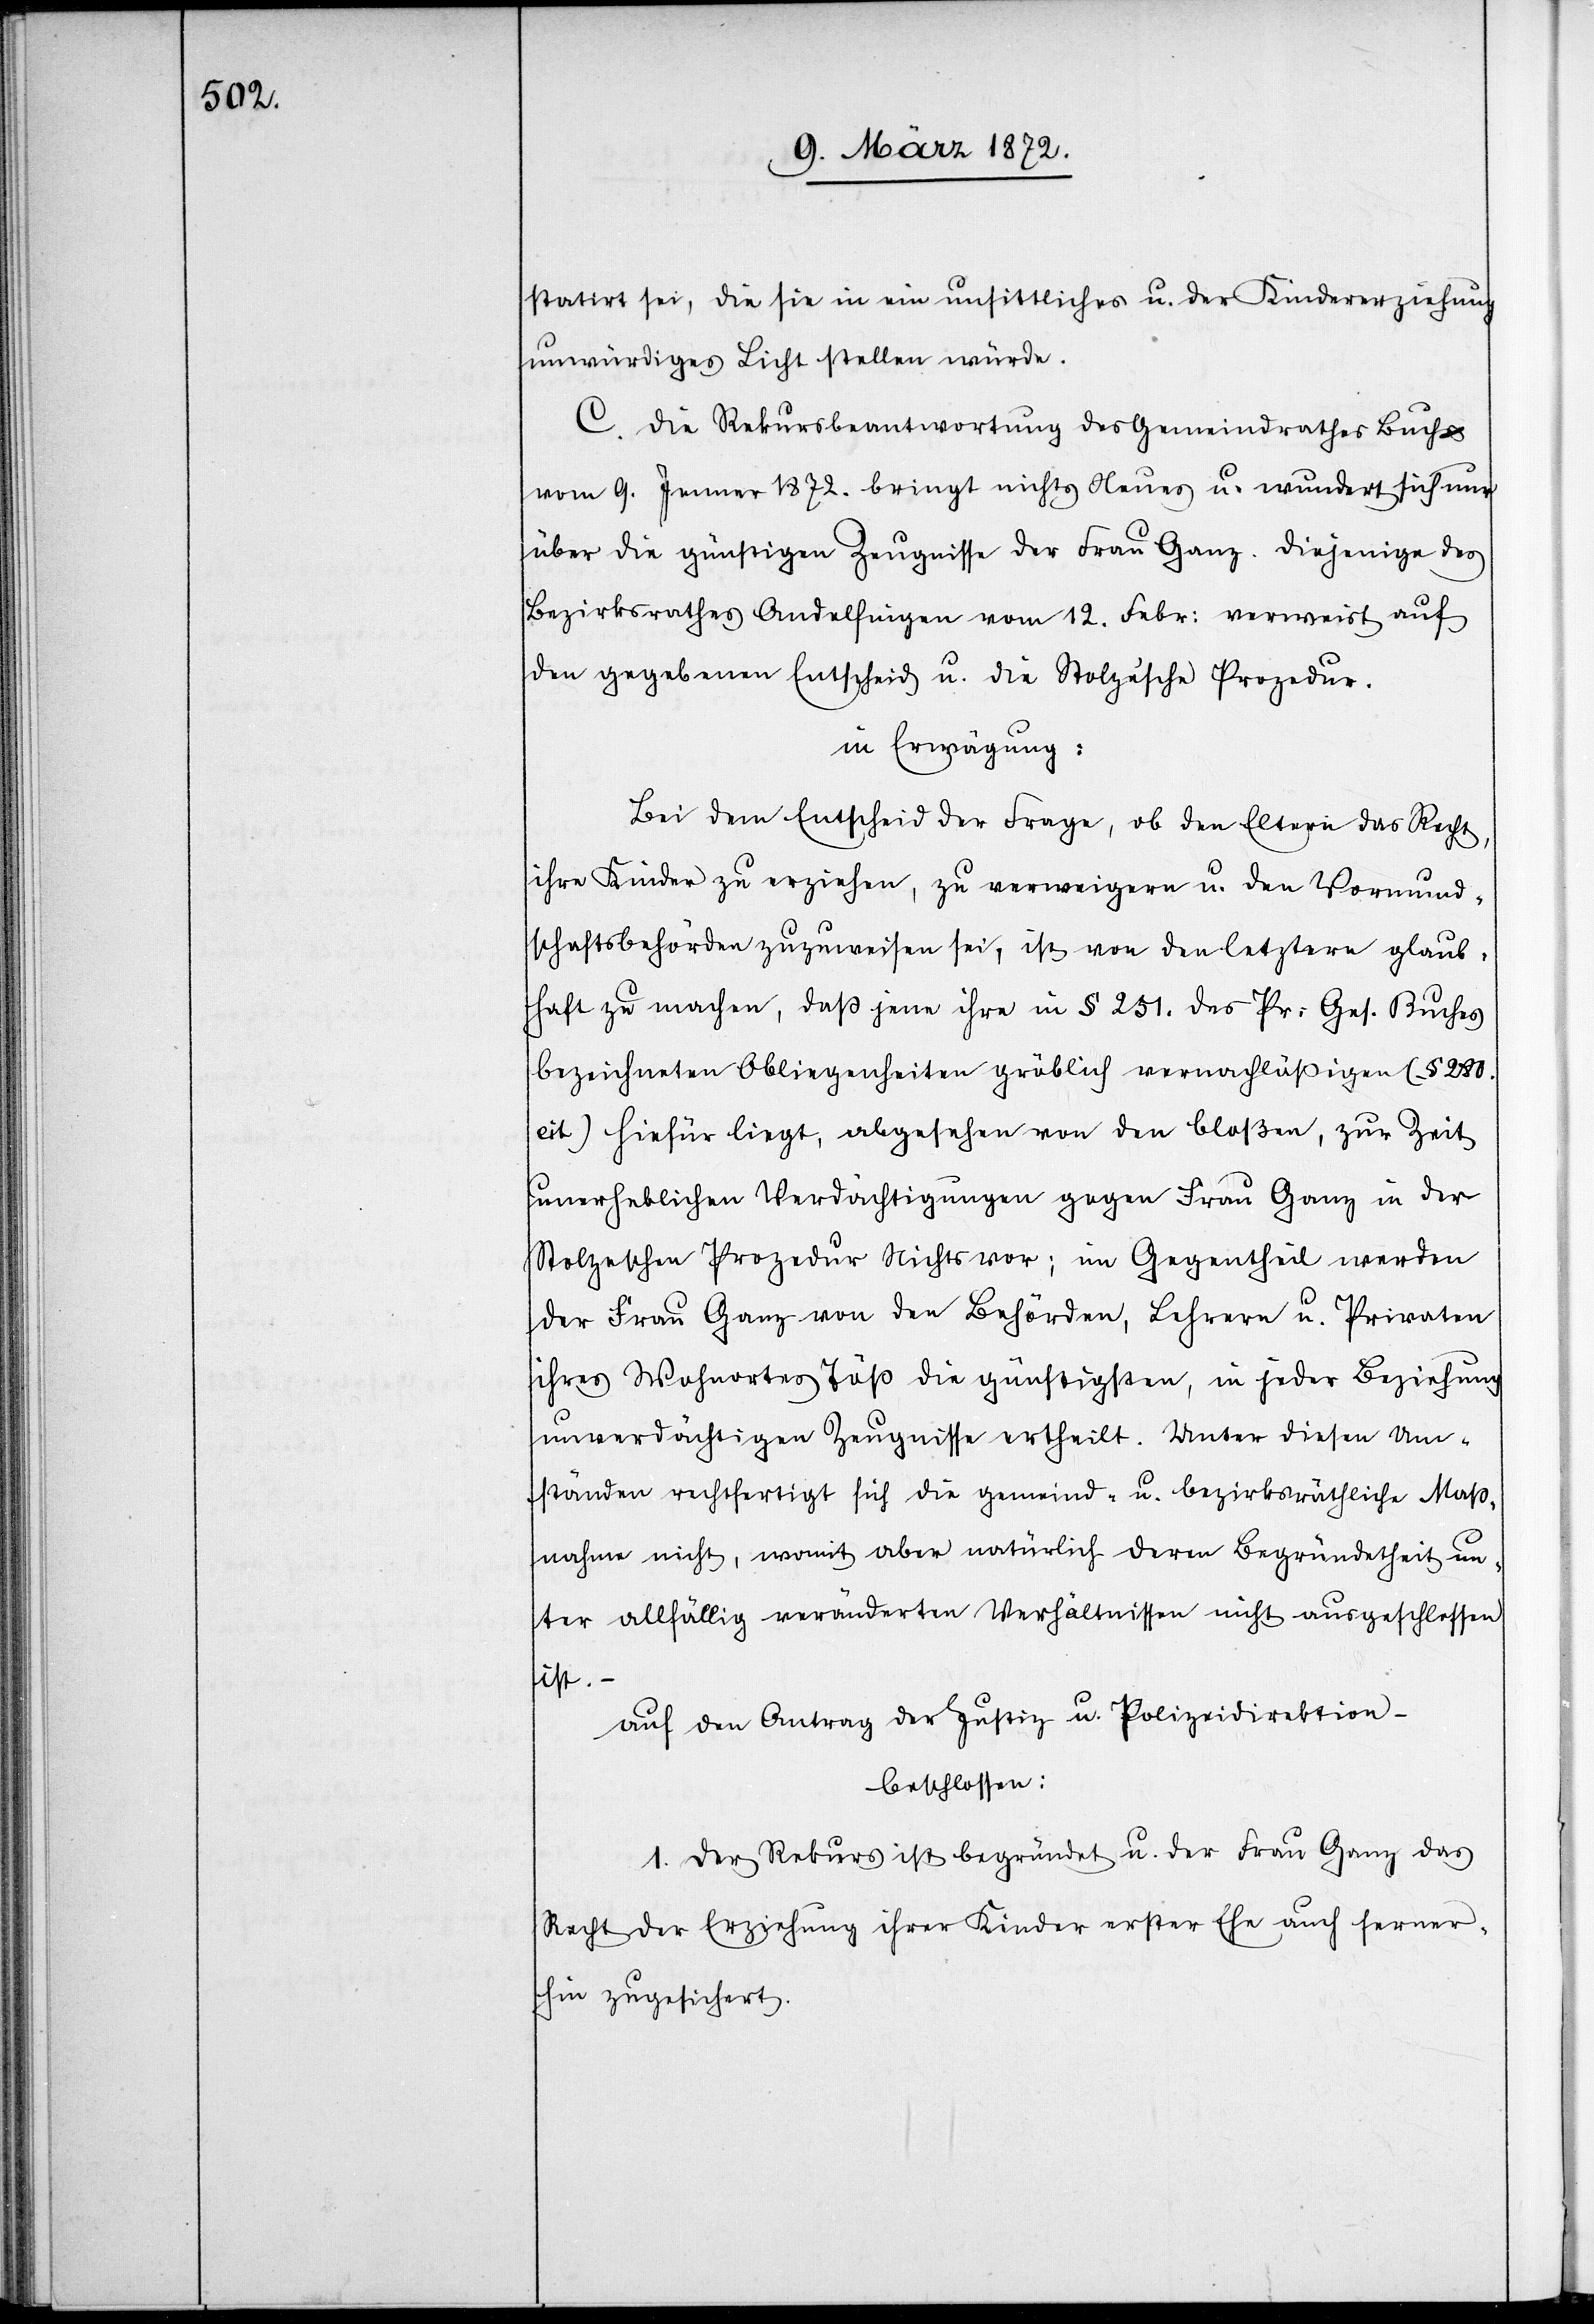
statirt sei, die sie in ein unsittliches u. der Kindererziehung
unwürdiges Licht stellen würde.
C. Die Rekursbeantwortung des Gemeindrathes Buch
vom 9. Jenner 1872. bringt nichts Neues u. wundert sich nur
über die günstigen Zeugnisse der Frau Ganz. Diejenige des
Bezirksrathes Andelfingen vom 12. Febr: verweist auf
den gegebenen Entscheid u. die Stolze’sche Prozedur.
in Erwägung:
Bei dem Entscheid der Frage, ob den Eltern das Recht,
ihre Kinder zu erziehen, zu verweigern u. den Vormund¬
schaftsbehörden zuzuweisen sei, ist von den letztern glaub¬
haft zu machen, daß jene ihre in § 251. des Pr: Ges. Buches
bezeichneten Obliegenheiten gröblich vernachläßigen (§ 280.
cit)[.] Hiefür liegt, abgesehen von den bloßen, zur Zeit
unerheblichen Verdächtigungen gegen Frau Ganz in der
Stolzeschen Prozedur Nichts vor; im Gegentheil werden
der Frau Ganz von den Behörden, Lehrern u. Privaten
ihres Wohnortes Töß die günstigsten, in jeder Beziehung
unverdächtigen Zeugnisse ertheilt. Unter diesen Um¬
ständen rechtfertigt sich die gemeind- u. bezirksräthliche Maß¬
nahme nicht, womit aber natürlich deren Begründetheit un¬
ter allfällig veränderten Verhältnissen nicht ausgeschlossen
ist. –
auf den Antrag der Justiz u. Polizeidirektion –
beschlossen:
1. Der Rekurs ist begründet u. der Frau Ganz das
Recht der Erziehung ihrer Kinder erster Ehe auch ferner¬
hin zugesichert.